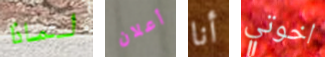
لماذا أعلان أنا اخوتي